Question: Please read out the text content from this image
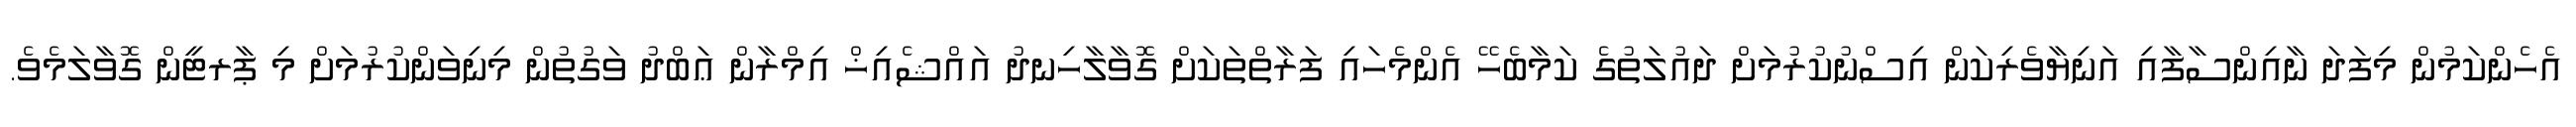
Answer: އެހެންކަމުން މިފަދަ ނާއިންސާފާއި އަނިޔާވެރިކަން އިސްނުކުރުމަށް ދައުލަތުގެ ކަމާބެހޭ އެންމެހައި ފަރާތްތަކަށް ގޮވާލާހިނދު އައްޝެއިޚް އިމްރާން ޢަބްދު ވަގުތުން މިނިވަންކުރުމަށް މި ޕާރޓީން ގޮވާލަމެވެ.